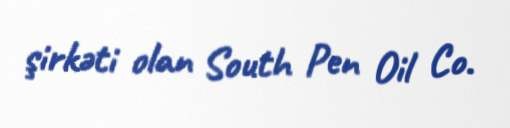
şirkəti olan South Pen Oil Co.